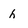
Character: h